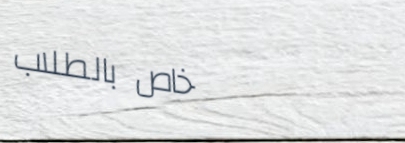
خاص بالطلاب